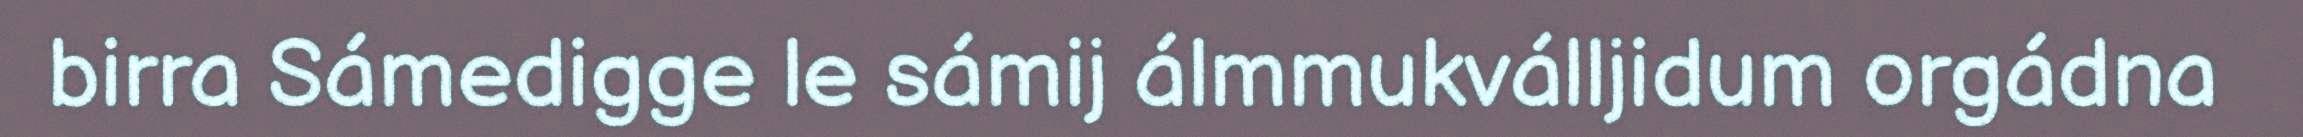
birra Sámedigge le sámij álmmukválljidum orgádna